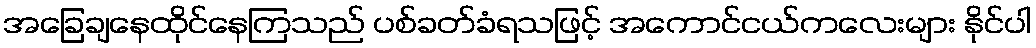
အခြေချနေထိုင်နေကြသည် ပစ်ခတ်ခံရသဖြင့် အကောင်ငယ်ကလေးများ နိုင်ပါ